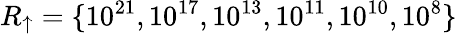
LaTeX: R_{\uparrow}=\{ 10^{21},10^{17},10^{13},10^{11},10^{10},10^{8}\}